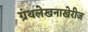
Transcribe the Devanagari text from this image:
ग्रंथलेखनाखेरीज